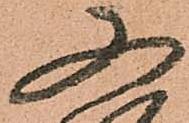
又